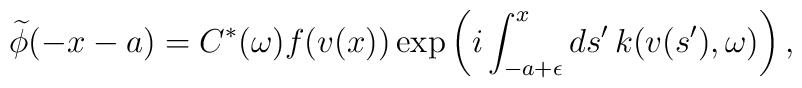
\widetilde{\phi}(-x-a) = C^*(\omega) f(v(x))\exp\left(i\int_{-a+\epsilon}^{x}ds'\, k(v(s'),\omega)\right),